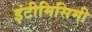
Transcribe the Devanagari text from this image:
इंटीमिसिमी